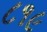
૮૧૯